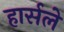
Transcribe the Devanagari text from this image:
हार्सले